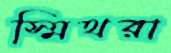
স্মিথরা